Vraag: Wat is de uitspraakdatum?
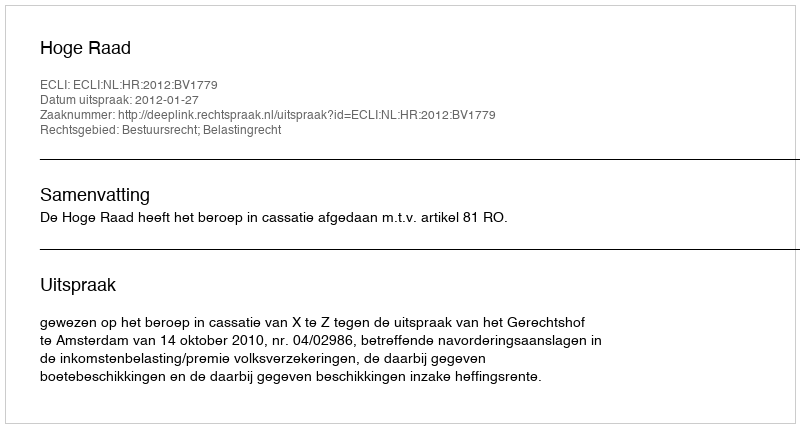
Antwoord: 2012-01-27